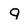
Character: q